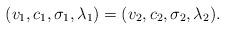
LaTeX: \begin{align*} (v_1,c_1,\sigma_1,\lambda_1)=(v_2,c_2,\sigma_2,\lambda_2).\end{align*}